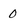
Character: 0